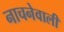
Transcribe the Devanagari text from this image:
नाचनेवाली